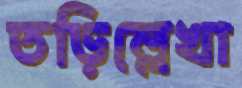
তড়িল্লেখা